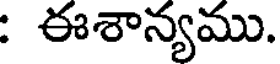
: ఈశాన్యము.